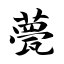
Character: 甍